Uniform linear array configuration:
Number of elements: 48
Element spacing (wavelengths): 1
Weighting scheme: blackman
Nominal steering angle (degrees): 0
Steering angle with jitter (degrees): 0.7427
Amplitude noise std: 0.05
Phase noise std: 0.05

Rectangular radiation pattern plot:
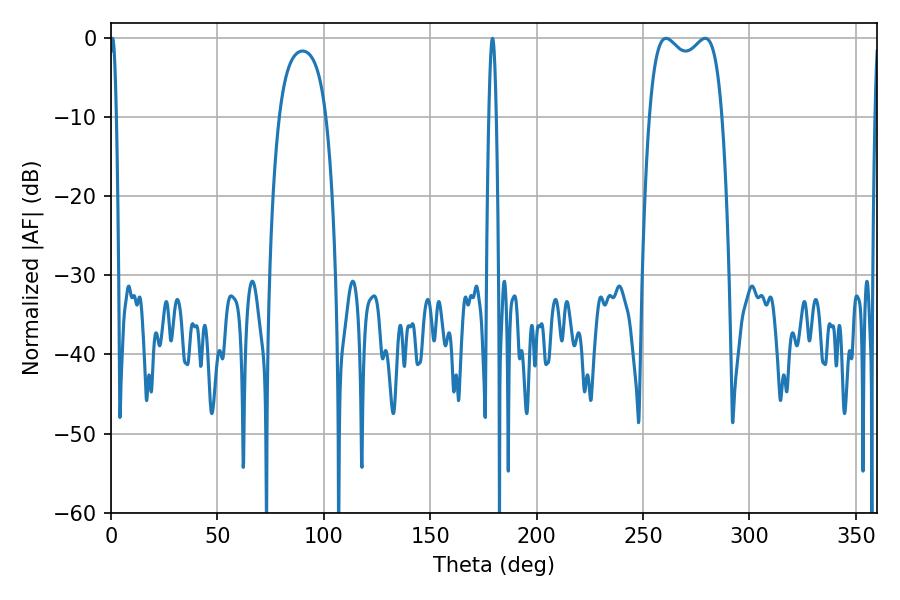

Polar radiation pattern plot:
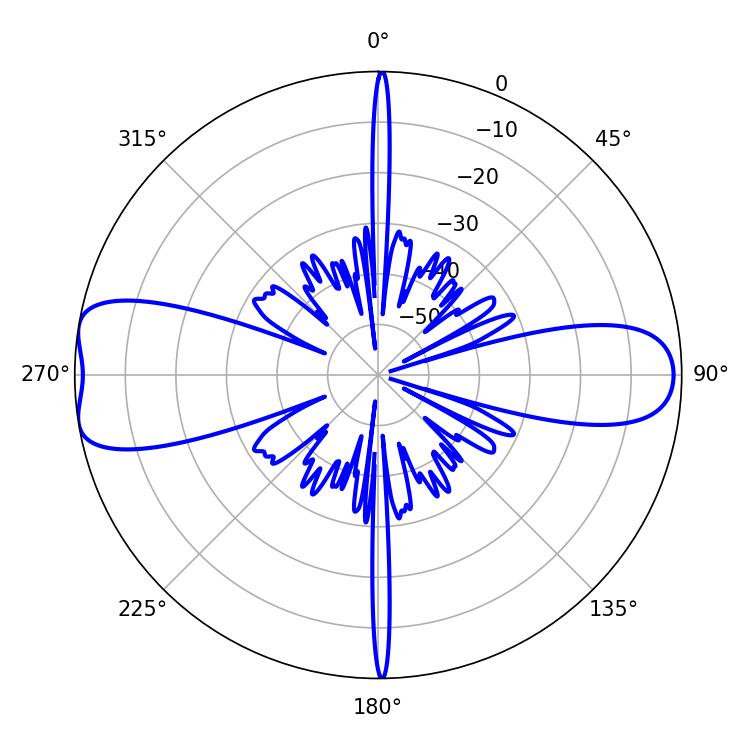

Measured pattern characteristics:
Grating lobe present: TRUE
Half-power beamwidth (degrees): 28.08
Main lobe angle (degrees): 260.82